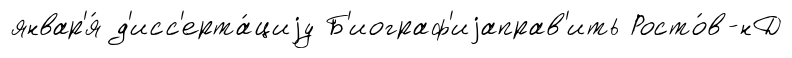
январ'я́ д'исс'ерта́циjу Б'иограф'иjаправ'ить Росто́в-нД